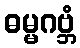
ဓမ္မဂဗ္ဘံ